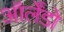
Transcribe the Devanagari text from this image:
ऑर्लेंडो